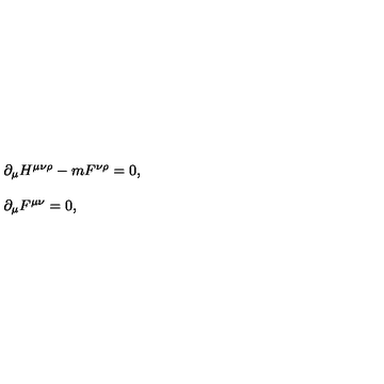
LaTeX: \begin{array} { r c l } { } & { } & { \partial _ { \mu } H ^ { \mu \nu \rho } - m F ^ { \nu \rho } = 0 , } \\ { } & { } & { } \\ { } & { } & { \partial _ { \mu } F ^ { \mu \nu } = 0 , } \\ \end{array}